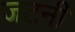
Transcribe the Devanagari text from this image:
जटनी